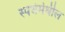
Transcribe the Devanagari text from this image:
स्पधेर्मधील